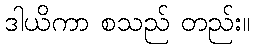
ဒါယိကာ စသည် တည်း။